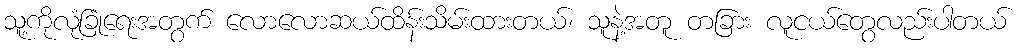
သူ့ကိုလုံခြုံရေးအတွက် လောလောဆယ်ထိန်းသိမ်းထားတယ်၊ သူနဲ့အတူ တခြား လူငယ်တွေလည်းပါတယ်